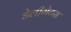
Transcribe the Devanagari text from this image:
डेलीगेटस